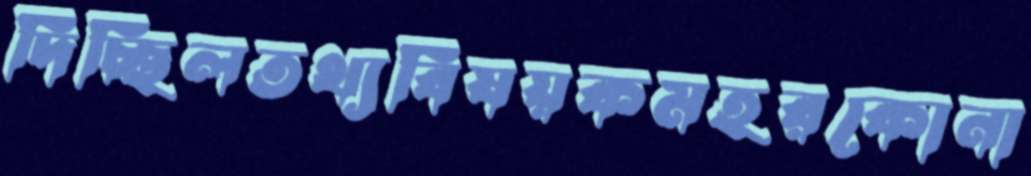
দিচ্ছিলতথ্যবিষয়কমহরকোনা